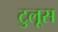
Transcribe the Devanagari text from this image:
टुलूस